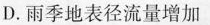
D.雨季地表径流量增加